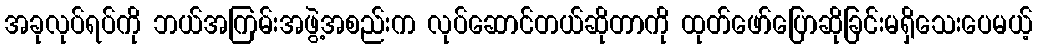
အခုလုပ်ရပ်ကို ဘယ်အကြမ်းအဖွဲ့အစည်းက လုပ်ဆောင်တယ်ဆိုတာကို ထုတ်ဖော်ပြောဆိုခြင်းမရှိသေးပေမယ့်